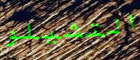
التشيلو